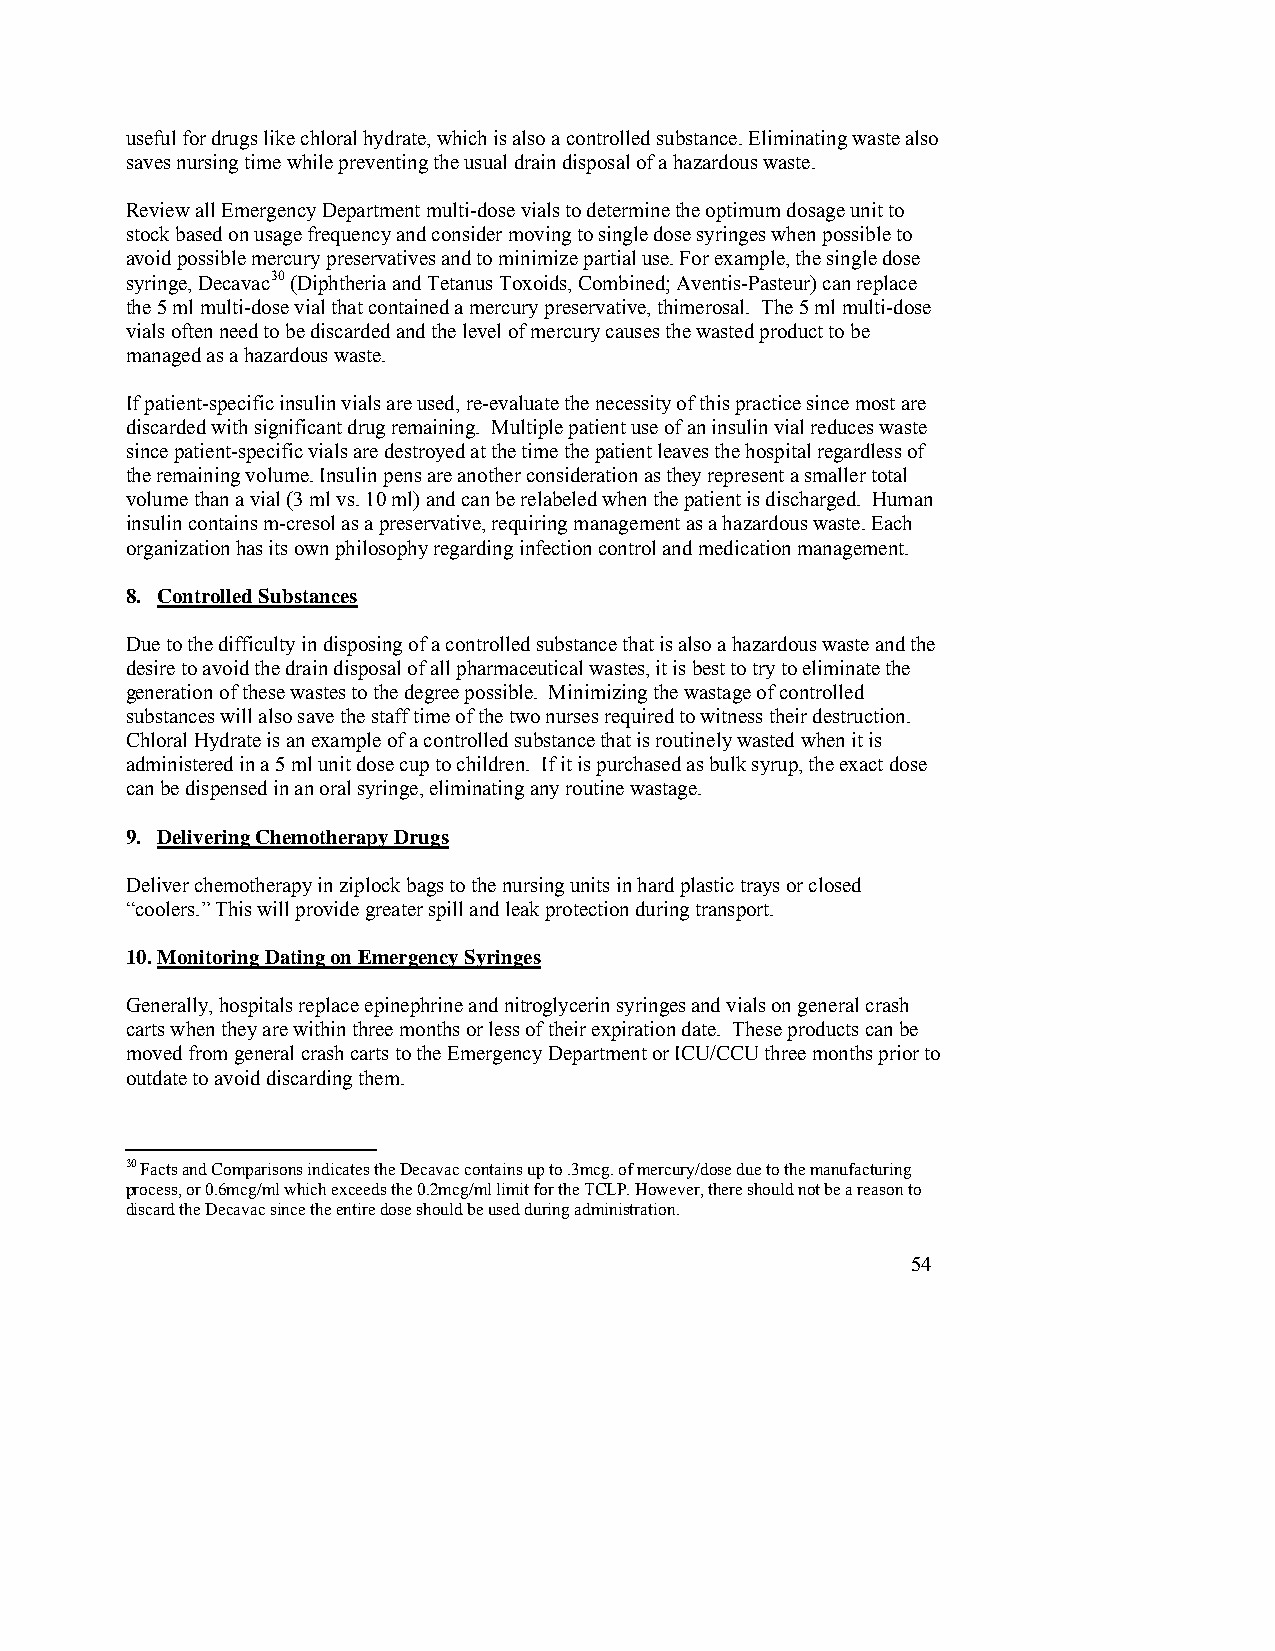
useful for drugs like chloral hydrate, which is also a controlled substance. Eliminating waste also
 saves nursing time while preventing the usual drain disposal of a hazardous waste.
 Review all Emergency Department multi-dose vials to determine the optimum dosage unit to
 stock based on usage frequency and consider moving to single dose syringes when possible to
 avoid possible mercury preservatives and to minimize partial use. For example, the single dose
 syringe, Decavac30 (Diphtheria and Tetanus Toxoids, Combined; Aventis-Pasteur) can replace
 the 5 ml multi-dose vial that contained a mercury preservative, thimerosal. The 5 ml multi-dose
 vials often need to be discarded and the level of mercury causes the wasted product to be
 managed as a hazardous waste.
 If patient-specific insulin vials are used, re-evaluate the necessity of this practice since most are
 discarded with significant drug remaining. Multiple patient use of an insulin vial reduces waste
 since patient-specific vials are destroyed at the time the patient leaves the hospital regardless of
 the remaining volume. Insulin pens are another consideration as they represent a smaller total
 volume than a vial (3 ml vs. 10 ml) and can be relabeled when the patient is discharged. Human
 insulin contains m-cresol as a preservative, requiring management as a hazardous waste. Each
 organization has its own philosophy regarding infection control and medication management.
 8. Controlled Substances
 Due to the difficulty in disposing of a controlled substance that is also a hazardous waste and the
 desire to avoid the drain disposal of all pharmaceutical wastes, it is best to try to eliminate the
 generation of these wastes to the degree possible. Minimizing the wastage of controlled
 substances will also save the staff time of the two nurses required to witness their destruction.
 Chloral Hydrate is an example of a controlled substance that is routinely wasted when it is
 administered in a 5 ml unit dose cup to children. If it is purchased as bulk syrup, the exact dose
 can be dispensed in an oral syringe, eliminating any routine wastage.
 9. Delivering Chemotherapy Drugs
 Deliver chemotherapy in ziplock bags to the nursing units in hard plastic trays or closed
 “coolers.” This will provide greater spill and leak protection during transport.
 10. Monitoring Dating on Emergency Syringes
 Generally, hospitals replace epinephrine and nitroglycerin syringes and vials on general crash
 carts when they are within three months or less of their expiration date. These products can be
 moved from general crash carts to the Emergency Department or ICU/CCU three months prior to
 outdate to avoid discarding them.
 30 Facts and Comparisons indicates the Decavac contains up to .3mcg. of mercury/dose due to the manufacturing
 process, or 0.6mcg/ml which exceeds the 0.2mcg/ml limit for the TCLP. However, there should not be a reason to
 discard the Decavac since the entire dose should be used during administration.
 54